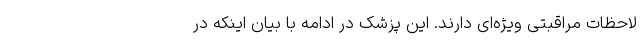
لاحظات مراقبتی ویژه‌ای دارند. این پزشک در ادامه با بیان اینکه در